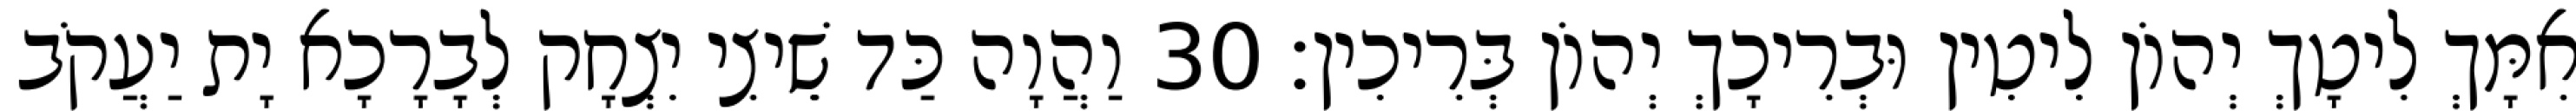
אִמָּךְ לִיטָךְ יְהוֹן לִיטִין וּבְרִיכָךְ יְהוֹן בְּרִיכִין׃ 30 וַהֲוָה כַּד שֵׁיצִי יִצְחָק לְבָרָכָא יָת יַעֲקֹב